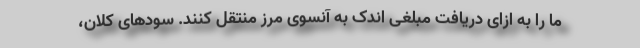
ما را به ازای دریافت مبلغی اندک به آنسوی مرز منتقل کنند. سودهای کلان،